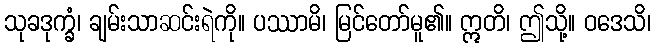
သုခဒုက္ခံ၊ ချမ်းသာဆင်းရဲကို။ ပဿာမိ၊ မြင်တော်မူ၏။ ဣတိ၊ ဤသို့။ ဝဒေသိ၊